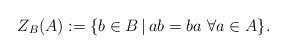
LaTeX: \begin{align*}Z_B(A):=\{b\in B\,|\,ab=ba\,\, \forall a\in A\}.\end{align*}